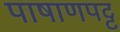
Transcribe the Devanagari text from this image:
पाषाणपट्ट